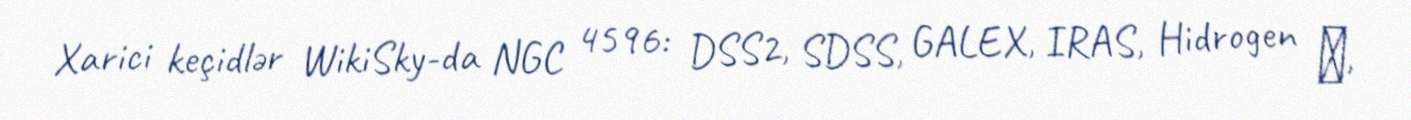
Xarici keçidlər WikiSky-da NGC 4596: DSS2, SDSS, GALEX, IRAS, Hidrogen α,